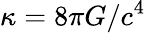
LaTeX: \kappa=8\pi G/c^{4}